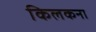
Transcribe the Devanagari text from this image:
किलकना